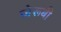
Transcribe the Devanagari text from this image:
जेरूबी